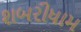
શબરીધામ